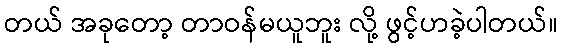
တယ် အခုတော့ တာဝန်မယူဘူး လို့ ဖွင့်ဟခဲ့ပါတယ်။